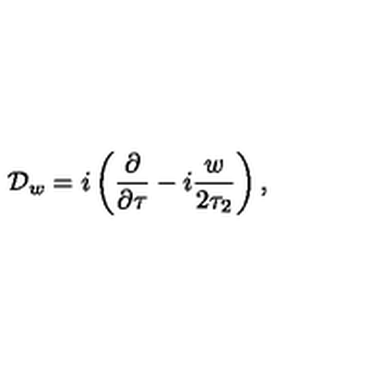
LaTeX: { { \cal D } _ { w } = i \left( { \frac { \partial } { \partial \tau } } - i { \frac { w } { 2 \tau _ { 2 } } } \right) , }